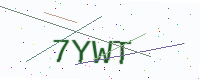
Text: 7YWT